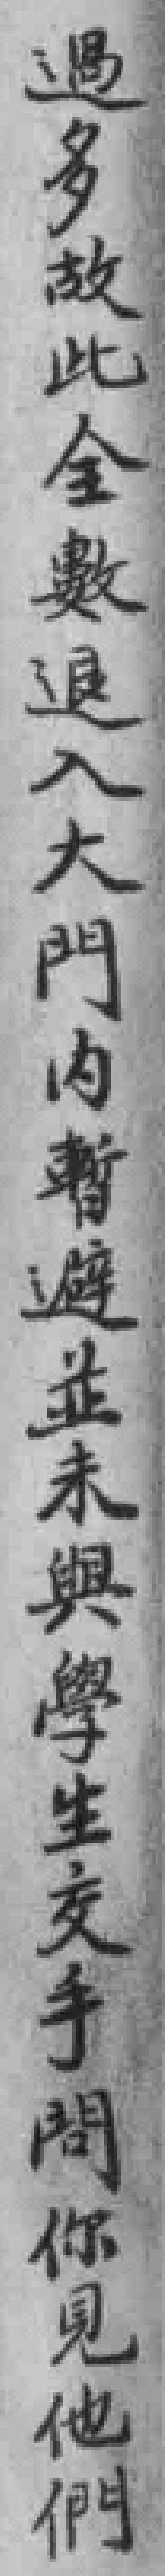
過多故此全數退入大門内暫避並未與學生交手問你見他們